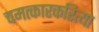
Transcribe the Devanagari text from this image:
चमत्कारकरित्या